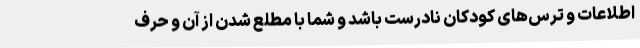
اطلاعات و ترس‌های کودکان نادرست باشد و شما با مطلع شدن از آن و حرف